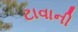
ટાવાની